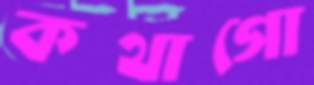
কথাগো